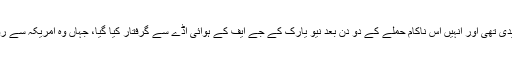
فیصل شہزاد نے یہ گاڑی کچھ روز پہلے خریدی تھی اور انہیں اس ناکام حملے کے دو دن بعد نیو یارک کے جے ایف کے ہوائی اڈے سے گرفتار کیا گیا، جہاں وہ امریکہ سے روانہ ہونے والی ایک پرواز پر بیٹھ چکے تھے۔